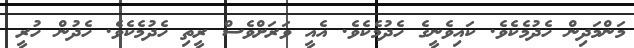
މަންމަދިން ހެދުމެކެވެ. ކައިވެނީގެ ހެދުމެކެވެ. އެއީ ވަރަށްވެސް ރީތި ހެދުމެކެވެ. ހެދުން ހުރީ